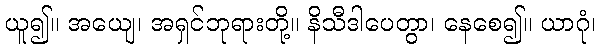
ယူ၍။ အယျေ၊ အရှင်ဘုရားတို့။ နိသီဒါပေတွာ၊ နေစေ၍။ ယာဂုံ၊